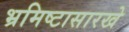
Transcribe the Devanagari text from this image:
भ्रमिष्टासारखे